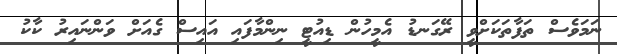
ނަމަވެސް ތަފާތަކަށްވީ ރޭގަނޑު އެމީހުން ޑިއުޓީ ނިންމާފައި އައިސް ގެއަށް ވަންނައިރު ކާކު